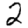
Digit: 2